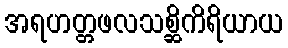
အရဟတ္တဖလသစ္ဆိကိရိယာယ